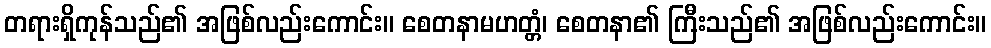
တရားရှိကုန်သည်၏ အဖြစ်လည်းကောင်း။ စေတနာမဟတ္တံ၊ စေတနာ၏ ကြီးသည်၏ အဖြစ်လည်းကောင်း။